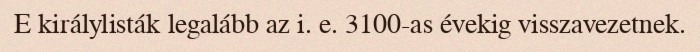
E királylisták legalább az i. e. 3100-as évekig visszavezetnek.